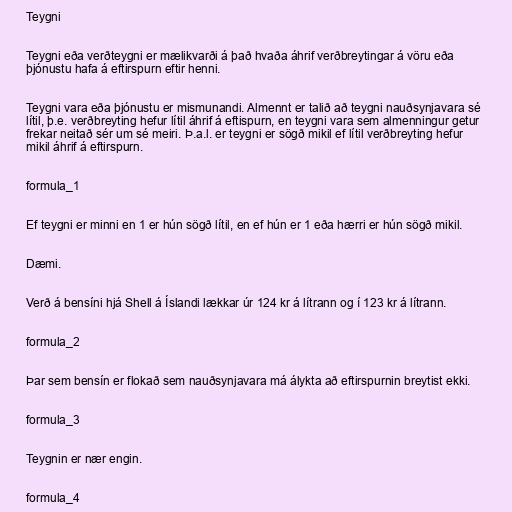
Teygni

Teygni eða verðteygni er mælikvarði á það hvaða áhrif verðbreytingar á vöru eða
þjónustu hafa á eftirspurn eftir henni.

Teygni vara eða þjónustu er mismunandi. Almennt er talið að teygni nauðsynjavara sé
lítil, þ.e. verðbreyting hefur lítil áhrif á eftispurn, en teygni vara sem almenningur getur
frekar neitað sér um sé meiri. Þ.a.l. er teygni er sögð mikil ef lítil verðbreyting hefur
mikil áhrif á eftirspurn.

formula_1

Ef teygni er minni en 1 er hún sögð lítil, en ef hún er 1 eða hærri er hún sögð mikil.

Dæmi.

Verð á bensíni hjá Shell á Íslandi lækkar úr 124 kr á lítrann og í 123 kr á lítrann.

formula_2

Þar sem bensín er flokað sem nauðsynjavara má álykta að eftirspurnin breytist ekki.

formula_3

Teygnin er nær engin.

formula_4